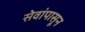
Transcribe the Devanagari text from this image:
सेवांपासून